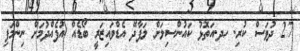
27 ދުވަސް ކުރި. ހދ.އަތޮޅު ކައުންސިލަށް ލަފާދޭ އެޑްވައިޒަރީ ބޯޑެއް އުފެއްދުމަށް ނިންމަފި